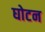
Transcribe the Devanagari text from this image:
घोटन